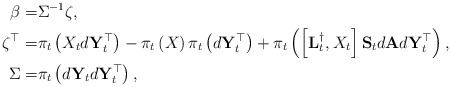
\begin{align*}\beta =& \Sigma^{-1}\zeta , \\\zeta^{\top} = & \pi_t\left(X_t d\mathbf{Y}_t^{\top}\right) - \pi_t\left(X\right) \pi_t \left(d\mathbf{Y}_t^{\top}\right) + \pi_t \left(\left[\mathbf{L}^{\dagger}_t,X_t\right]\mathbf{S}_td\mathbf{A}d\mathbf{Y}_t^{\top}\right),\\\Sigma =& \pi_t \left(d\mathbf{Y}_td\mathbf{Y}_t^{\top}\right), \end{align*}